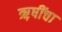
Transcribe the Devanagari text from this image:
ऋ़षींचा